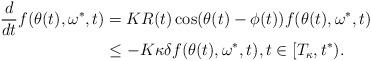
LaTeX: \begin{align*}\frac{d}{dt}f(\theta(t),\omega^*,t) &= KR(t)\cos(\theta(t)-\phi(t))f(\theta(t), \omega^*,t) \cr&\leq -K\kappa\delta f(\theta(t),\omega^*,t), t \in [T_{\kappa},t^{*}).\end{align*}